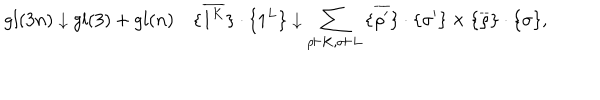
LaTeX: g l ( 3 n ) \downarrow g l ( 3 ) + g l ( n ) \quad { \{ } \overline { { { 1 ^ { K } } } } { \} } \cdot { \{ } 1 ^ { L } { \} } \downarrow \sum _ { \rho \vdash K , \sigma \vdash L } { \{ } \overline { { { \rho ^ { \prime } } } } { \} } \cdot { \{ } \sigma ^ { \prime } { \} } \times { \{ } \overline { { { \rho } } } { \} } \cdot { \{ } \sigma { \} } ,